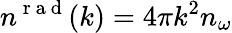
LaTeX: n^{\mathrm{~r~a~d~}}(k)=4\pi k^{2}n_{\omega}